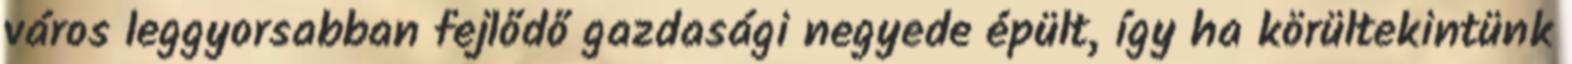
város leggyorsabban fejlődő gazdasági negyede épült, így ha körültekintünk